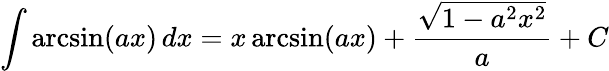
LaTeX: \int\arcsin(ax)\, dx=x\arcsin(ax)+{\frac{\sqrt{1-a^{2}x^{2}}}{a}}+C